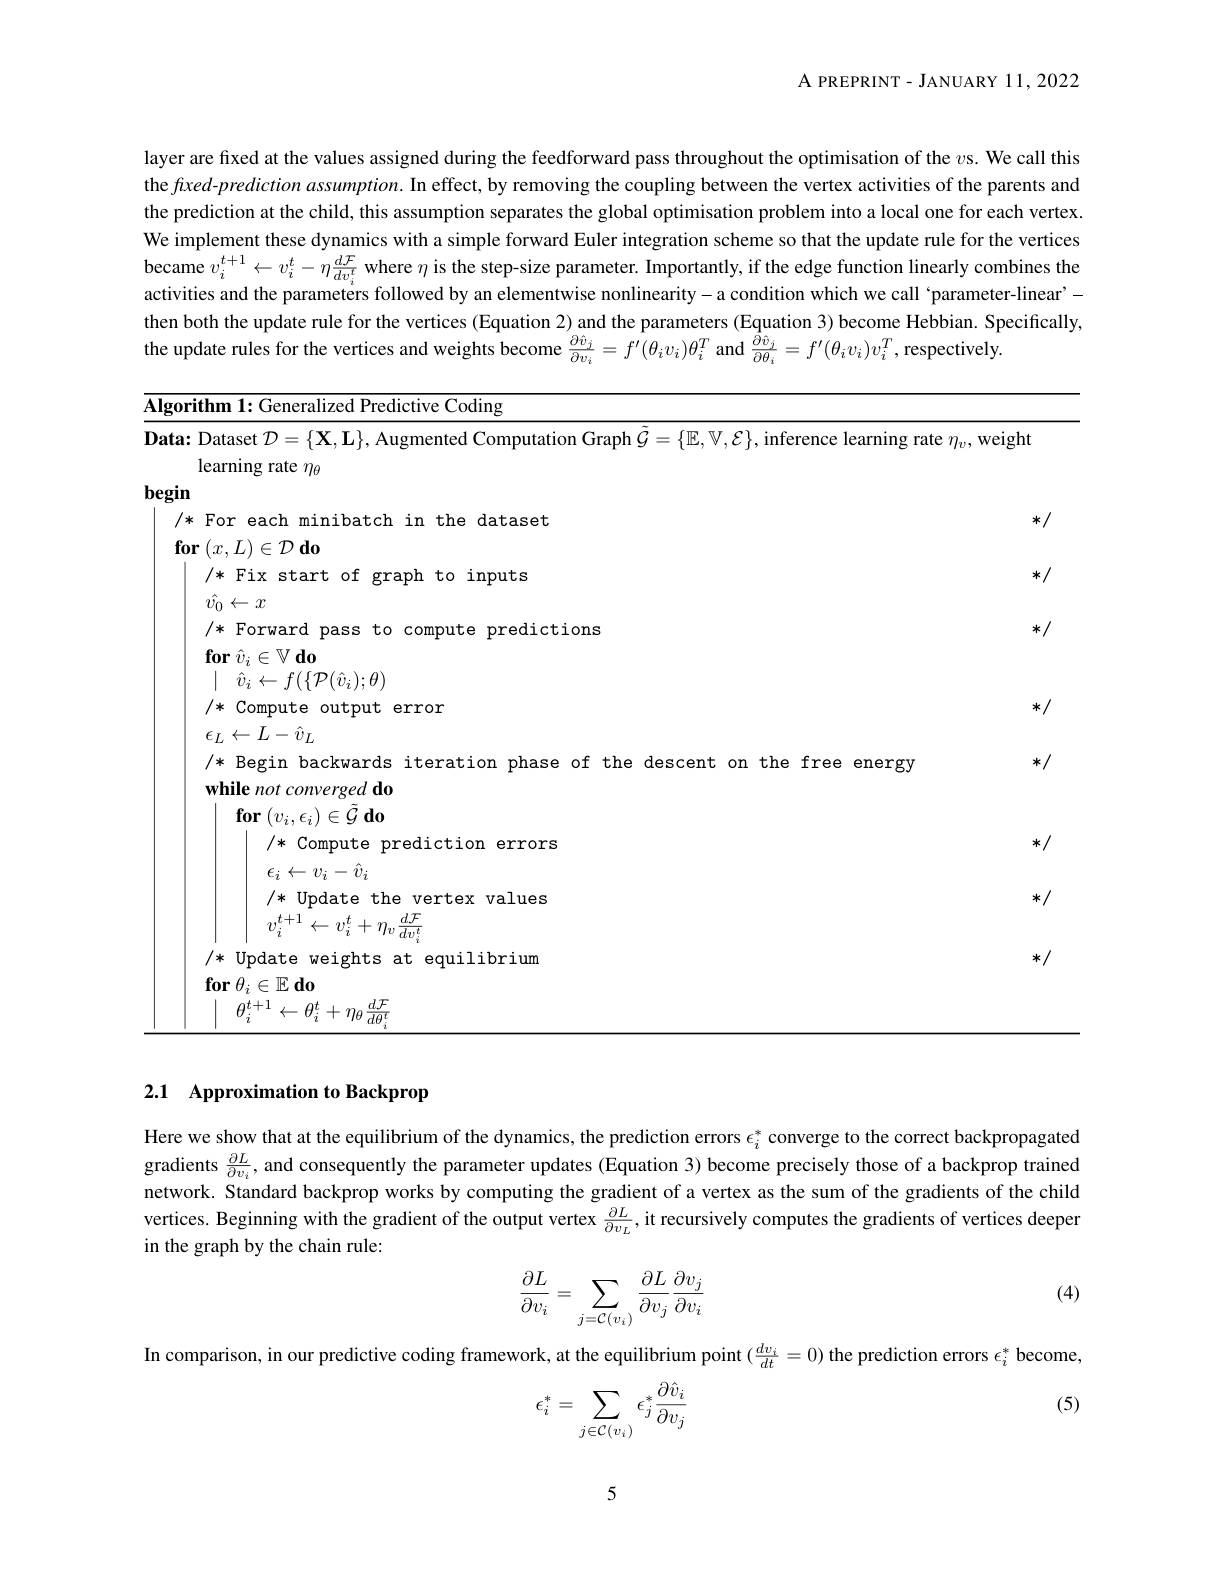
${\mathrm{A~PREPRINT-JANUARY~11,2022}}$

layer are fixed at the values assigned during the feedforward pass throughout the optimisation of the $v$s. We call this the fixed-prediction assumption. In effect, by removing the coupling between the vertex activities of the parents and the prediction at the child, this assumption separates the global optimisation problem into a local one for each vertex We implement these dynamics with a simple forward Euler integration scheme so that the update rule for the vertices became $v_i^{t+1}\leftarrow v_i^t-\eta\frac{d\mathcal{F}}{dv_i^t}$ where $\eta$ is the step-size parameter. Importantly, if the edge function linearly combines the activities and the parameters followed by an elementwise nonlinearity-a condition which we call ‘parameter-linear’- then both the update rule for the vertices (Equation 2) and the parameters (Equation 3) become Hebbian. Specifically, the update rules for the vertices and weights become $\frac{\partial\hat{v}_j}{\partial v_i}=\hat{f^{\prime}}(\theta_iv_i)\theta_i^T$ and $\frac{\hat{\partial}\hat{v}_j}{\partial\theta_i}=f^{\prime}(\theta_iv_i)v_i^T$,respectively.

*/

*/

*/

*/

<table>
	<tbody>
		<tr>
			<td>${\mathbf{Algorithm~1:~Generalized~Predictive~Coding}}$</td>
			<td> </td>
		</tr>
		<tr>
			<td>$\textbf{Data: Dataset }\mathcal{D} = \{ \mathbf{X} , \mathbf{L} \} $,Augmented Computation Graph $\dot{\mathcal{G}}=\{\mathbb{E},\mathbb{V},\mathcal{E}\}$ learning rate $\eta_\theta$</td>
			<td>utation Graph $\mathcal{G}=\{\mathbb{E},\mathbb{V},\mathcal{E}\}$, inference learning rate $\eta_v$,v</td>
		</tr>
	</tbody>
</table>

*/

*/

*/

*/

# 2.1 Approximation to Backprop

Here we show that at the equilibrium of the dynamics, the prediction errors $\epsilon_i^*$ converge to the correct backpropagated gradients $\frac{\partial L}{\partial v_i}$, and consequently the parameter updates (Equation 3) become precisely those of a backprop trained network. Standard backprop works by computing the gradient of a vertex as the sum of the gradients of the child vertices. Beginning with the gradient of the output vertex $\frac{\partial L}{\partial v_L}$, it recursively computes the gradients of vertices deeper in the graph by the chain rule:

(4)
$$\begin{aligned}\frac{\partial L}{\partial v_i}=\sum_{j=\mathcal{C}(v_i)}\frac{\partial L}{\partial v_j}\frac{\partial v_j}{\partial v_i}\end{aligned}$$
In comparison, in our predictive coding framework, at the equilibrium point $(\frac{dv_i}{dt}=0)$ the prediction errors $\epsilon_i^*$ become,

(5)
$$\epsilon_i^*=\sum_{j\in\mathcal{C}(v_i)}\epsilon_j^*\frac{\partial\hat{v}_i}{\partial v_j}$$
5